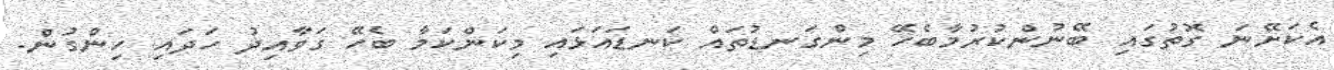
އެކަށޭނަ ގޮތުގައި ބޭނުންކުރުމާބެހޭ މިންގަނޑުތައް ކަނޑައަޅައި މިކަންކަމާ ބެހޭ ގަވާއިދު ހަދައި ހިންގުން.